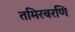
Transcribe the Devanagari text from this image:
तमिरबरणि